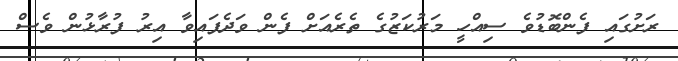
ރަށުގައި ފެންބޮޑުވެ ސިއްހީ މަރުކަޒުގެ ތެރެއަށް ފެން ވަދެފައިވާ އިރު ފުރާޅުން ވެސް